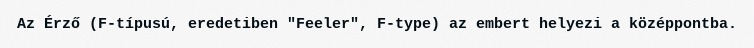
Az Érző (F-típusú, eredetiben "Feeler", F-type) az embert helyezi a középpontba.